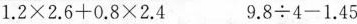
$$1 . 2 \times 2 . 6 + 0 . 8 \times 2 . 4$$ $$9 . 8 \div 4 - 1 . 4 5$$